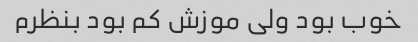
خوب بود ولی موزش کم بود بنظرم